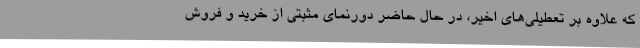
که علاوه بر تعطیلی‌های اخیر، در حال حاضر دورنمای مثبتی از خرید و فروش